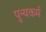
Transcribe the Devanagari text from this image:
पुन्यकर्म